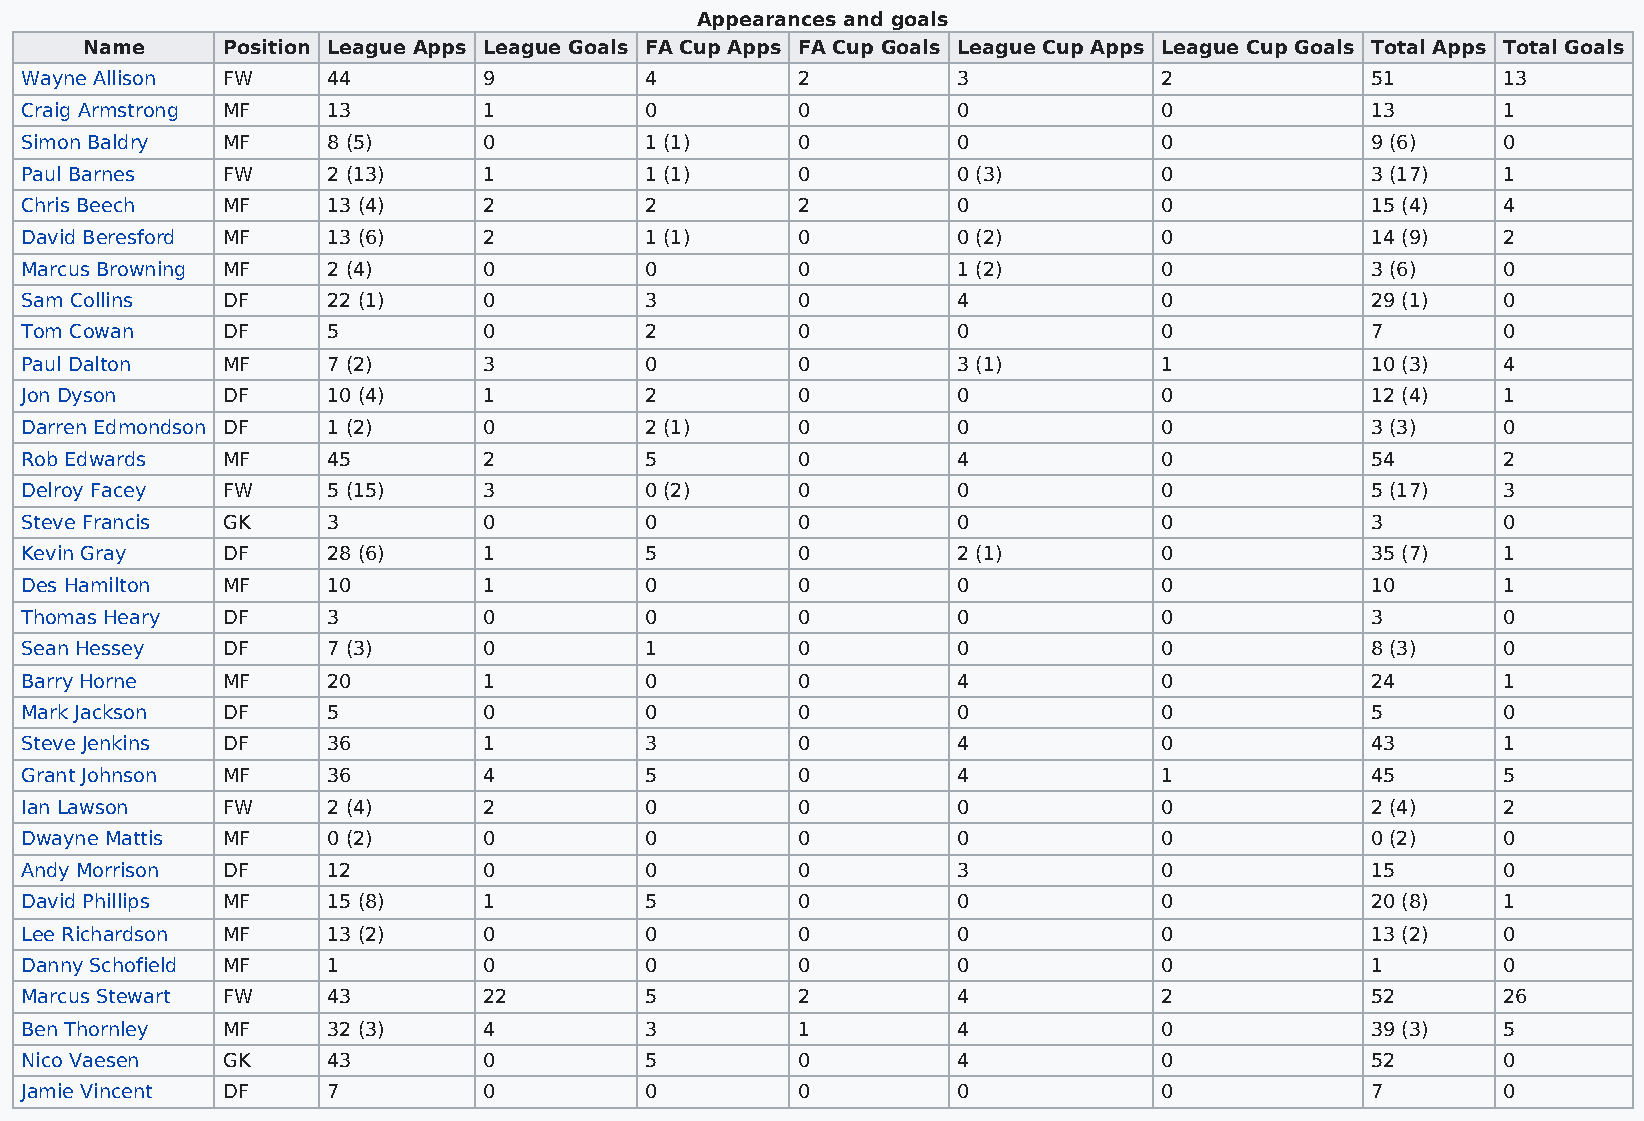
Appearances and goals
 Name      Position League Apps League Goals FA Cup Apps FA Cup Goals League Cup Apps League Cup Goals Total Apps Total Goals
 Wayne Allison FW     44        9          4         2         3             2             51      13
 Craig Armstrong MF   13        1          0         0         0             0             13      1
 Simon Baldry  MF     8 (5)     0          1 (1)     0         0             0             9 (6)   0
 Paul Barnes   FW     2 (13)    1          1 (1)     0         0 (3)         0             3 (17)  1
 Chris Beech   MF     13 (4)    2          2         2         0             0             15 (4)  4
 David Beresford MF   13 (6)    2          1 (1)     0         0 (2)         0             14 (9)  2
 Marcus Browning MF   2 (4)     0          0         0         1 (2)         0             3 (6)   0
 Sam Collins   DF     22 (1)    0          3         0         4             0             29 (1)  0
 Tom Cowan     DF     5         0          2         0         0             0             7       0
 Paul Dalton   MF     7 (2)     3          0         0         3 (1)         1             10 (3)  4
 Jon Dyson     DF     10 (4)    1          2         0         0             0             12 (4)  1
 Darren Edmondson DF  1 (2)     0          2 (1)     0         0             0             3 (3)   0
 Rob Edwards   MF     45        2          5         0         4             0             54      2
 Delroy Facey  FW     5 (15)    3          0 (2)     0         0             0             5 (17)  3
 Steve Francis GK     3         0          0         0         0             0             3       0
 Kevin Gray    DF     28 (6)    1          5         0         2 (1)         0             35 (7)  1
 Des Hamilton  MF     10        1          0         0         0             0             10      1
 Thomas Heary  DF     3         0          0         0         0             0             3       0
 Sean Hessey   DF     7 (3)     0          1         0         0             0             8 (3)   0
 Barry Horne   MF     20        1          0         0         4             0             24      1
 Mark Jackson  DF     5         0          0         0         0             0             5       0
 Steve Jenkins DF     36        1          3         0         4             0             43      1
 Grant Johnson MF     36        4          5         0         4             1             45      5
 Ian Lawson    FW     2 (4)     2          0         0         0             0             2 (4)   2
 Dwayne Mattis MF     0 (2)     0          0         0         0             0             0 (2)   0
 Andy Morrison DF     12        0          0         0         3             0             15      0
 David Phillips MF    15 (8)    1          5         0         0             0             20 (8)  1
 Lee Richardson MF    13 (2)    0          0         0         0             0             13 (2)  0
 Danny Schofield MF   1         0          0         0         0             0             1       0
 Marcus Stewart FW    43        22         5         2         4             2             52      26
 Ben Thornley  MF     32 (3)    4          3         1         4             0             39 (3)  5
 Nico Vaesen   GK     43        0          5         0         4             0             52      0
 Jamie Vincent DF     7         0          0         0         0             0             7       0